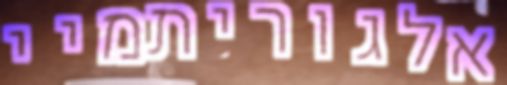
אלגוריתמיי